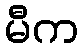
မီက